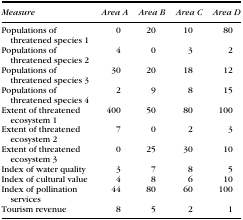
| Measure | Area A | Area B | Area C | Area D |
 | --- | --- | --- | --- | --- |
 | Populations of threatened species 1 | 0 | 20 | 10 | 80 |
 | Populations of threatened species 2 | 4 | 0 | 3 | 2 |
 | Populations of threatened species 3 | 30 | 20 | 18 | 12 |
 | Populations of threatened species 4 | 2 | 9 | 8 | 15 |
 | Extent of threatened ecosystem 1 | 400 | 50 | 80 | 100 |
 | Extent of threatened ecosystem 2 | 7 | 0 | 2 | 3 |
 | Extent of threatened ecosystem 3 | 0 | 25 | 30 | 10 |
 | Index of water quality | 3 | 7 | 8 | 5 |
 | Index of cultural value | 4 | 8 | 6 | 10 |
 | Index of pollination services | 44 | 80 | 60 | 100 |
 | Tourism revenue | 8 | 5 | 2 | 1 |